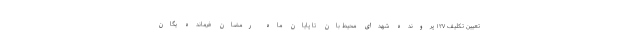
تعیین تکلیف ۱۲۷ پرونده شهدای محیط بان تا پایان ماه رمضان فرمانده یگان